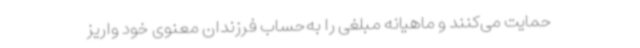
حمایت می‌کنند و ماهیانه مبلغی را به‌حساب فرزندان معنوی خود واریز